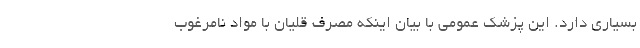
بسیاری دارد. این پزشک عمومی با بیان اینکه مصرف قلیان با مواد نامرغوب